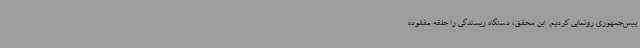
ییس‌جمهوری رونمایی کردیم. این محقق، دستگاه ریسندگی را حلقه مفقوده